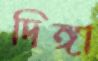
দিঙ্গা